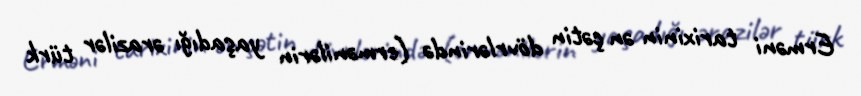
Erməni tarixinin ən çətin dövrlərində (ermənilərin yaşadığı ərazilər türk